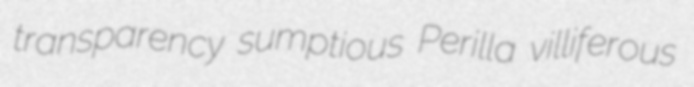
transparency sumptious Perilla villiferous